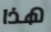
هذا